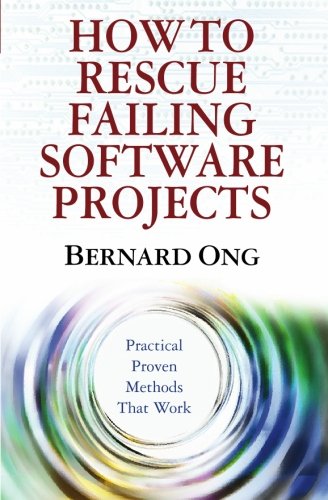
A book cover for How to Rescue Failing Software Projects: Practical Proven Methods That Work; Bernard Ong; Computers & Technology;